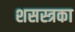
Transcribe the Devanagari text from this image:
शसस्त्रका